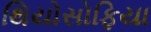
થિયોસોફિયા